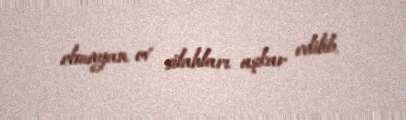
olmayan ov silahları aşkar edilib.